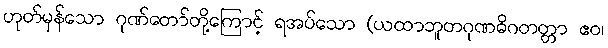
ဟုတ်မှန်သော ဂုဏ်တော်တို့ကြောင့် ရအပ်သော (ယထာဘူတဂုဏဓိဂတတ္တာ ဧဝ၊